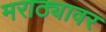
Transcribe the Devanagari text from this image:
मराठ्यावर